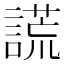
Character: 謊